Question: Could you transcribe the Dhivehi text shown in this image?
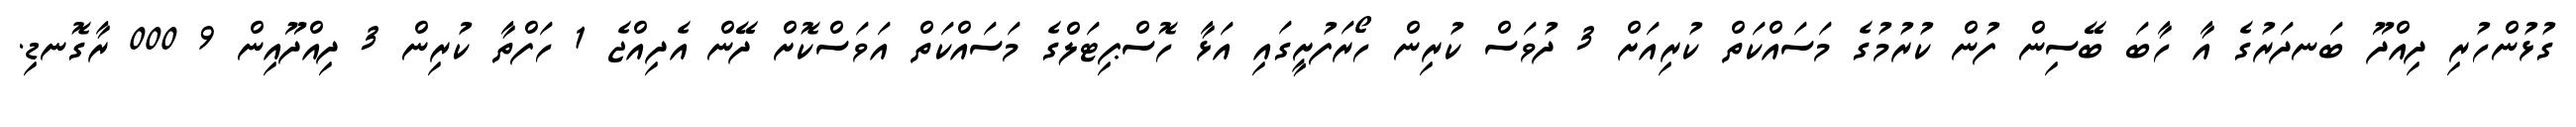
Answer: ގުޅުންހުރި ދިއްދޫ ބަނދަރުގެ އާ ހާބަ ބޭސިން ފުން ކުރުމުގެ މަސައްކަތް ކުރިއަށް 3 ދުވަސް ކުރިން ހޯރަފުށީގައި އަޅާ ހޮސްޕިޓަލްގެ މަސައްކަތް އަވަސްކޮށް ދޭން އެދިއްޖެ 1 ހަފްތާ ކުރިން 3 ދިއްދޫއިން 9 000 ރާގޮނޑި.